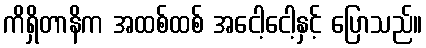
ကိရှိတာနိက အထစ်ထစ် အငေါ့ငေါ့နှင့် ပြောသည်။